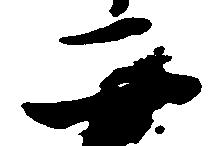
二